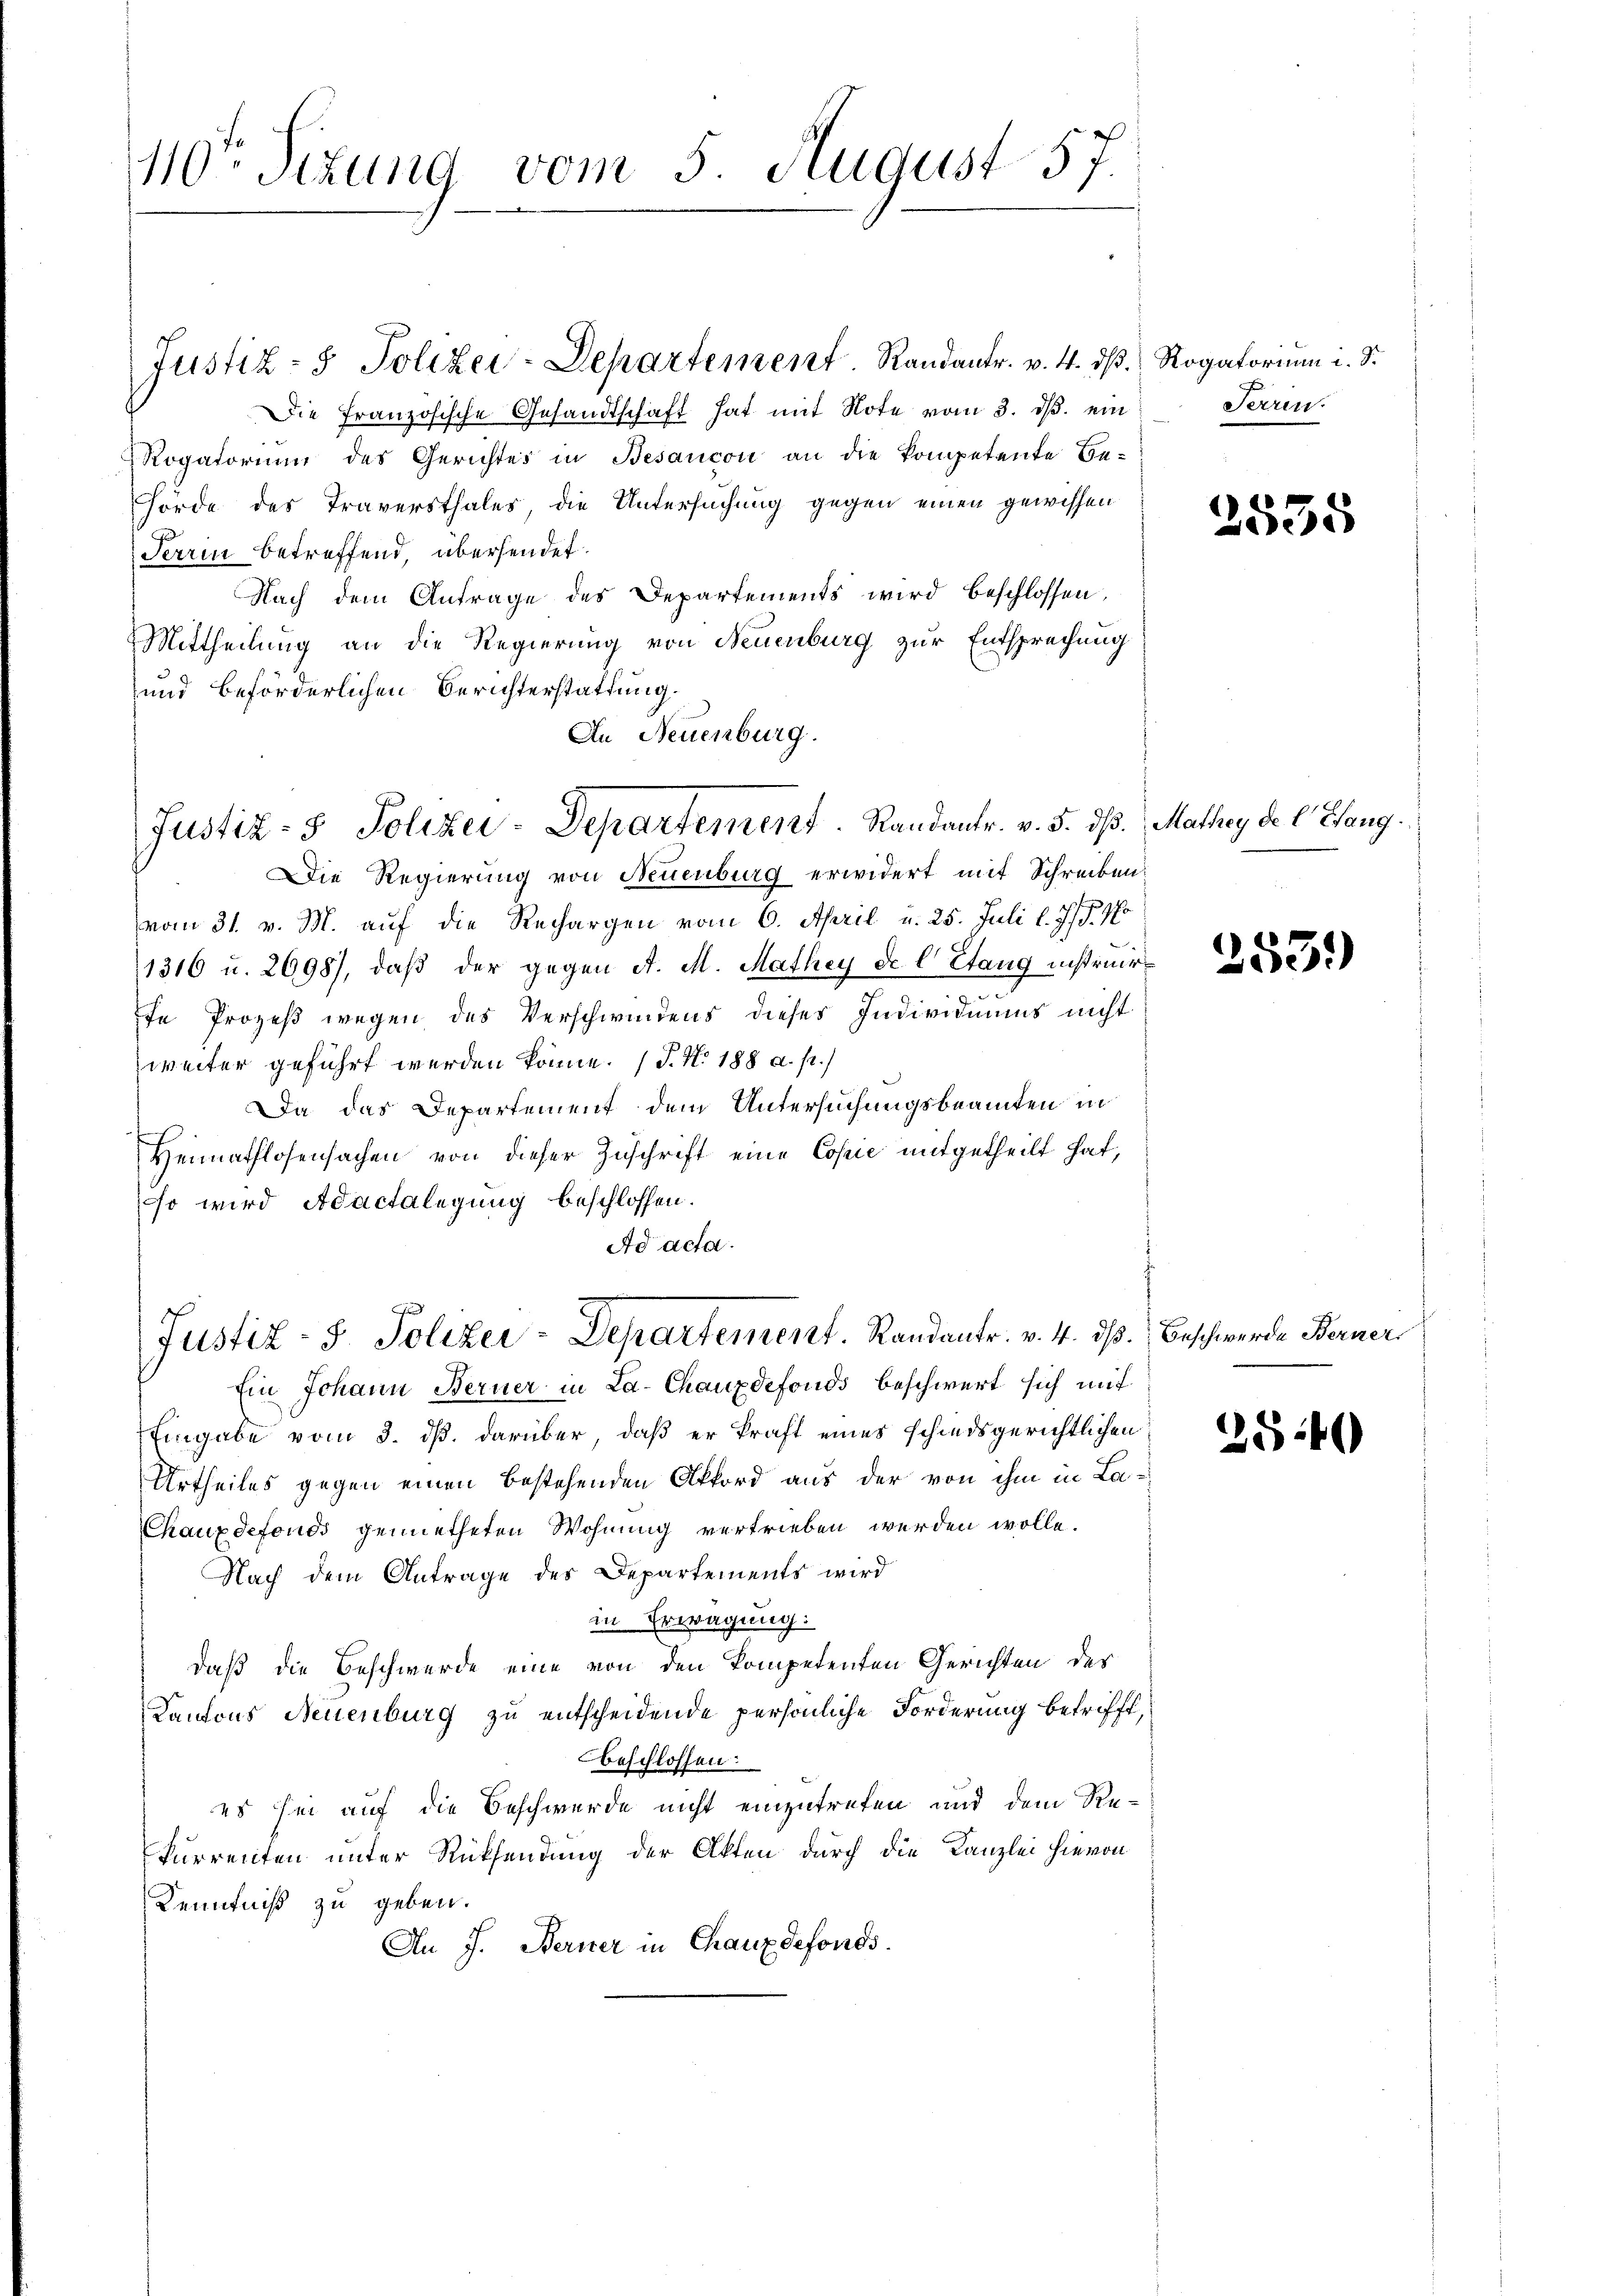
10ten Sizung vom 5. August 57.

Justiz- & Polizei-Departement. Randantr. v. 4. dß.
Die Französische Gesandtschaft hat mit Note vom 3. ds. ein
Rogatorium des Gerichtes in Besancon an die kompetente Be-
hörde des Traversthales, die Untersuchung gegen einen gewissen
Tarm betreffend, übersendet.
Nach dem Antrage des Departements wird beschlossen,
Mittheilung an die Regierung von Neuenburg zur Entsprechung
und beförderlichen Berichterstattung.
In Neuenburg.

Justiz- & Polizei-Departement. Randantr. v. 5. dß. Mathey de l. Heng

Die Regierung von Neuenburg erwidert mit Schreiben:
vom 31. v. M. auf die Rechargen vom 6. April u. 25. Juli l. J. J. No
1316 u. 2698), daβ der gegen A. M. Mathey de l Stang instruir
fe Prozeß wegen des Verschwindens dieses Individuums nicht
weiter geführt werden könne. (T. N. 188 a. p.)
Da das Departement dem Untersuchungsbeamten in
Heimathlosensachen von dieser Zuschrift eine Copie mitgetheilt hat,
so wird Adactalegung beschlossen.
Ad acta.
Ein Johann Ferner in La-Chauxdefonds beschwert sich mit
Eingabe vom 3. dß. darüber, daß er kraft eines schiedsgerichtlichen
Urtheiles gegen einen bestehenden Akkord aus der von ihm in La¬
Chauxdefonds gemietheten Wohnung vertrieben werden wolle.
Nach dem Antrage des Departements wird
in Erwägung:
daß die Beschwerde eine von den kompetenten Gerichten der
Kantons Neuenburg zu entscheidende persönliche Forderung betrifft,
beschlossen:
es sei auf die Beschwerde nicht einzutreten und dem Rekurrenten unter Rücksendung der Akten durch die Kanzlei hievon
Kenntniß zu geben.
An J. Ferner in Chauxdefonds.

Justiz- & Polizei-Departement. Randantr. v. 4. dß. Beschwerde Berner

Rogatorium i. S.
Ferren.

2535

255.)

2840